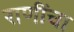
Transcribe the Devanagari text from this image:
राणींचा